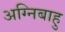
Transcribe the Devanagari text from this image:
अग्निबाहु